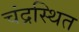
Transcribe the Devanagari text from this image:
चंद्रस्थित